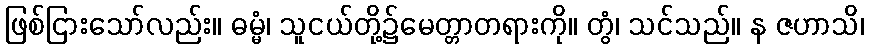
ဖြစ်ငြားသော်လည်း။ ဓမ္မံ၊ သူငယ်တို့၌မေတ္တာတရားကို။ တွံ၊ သင်သည်။ န ဇဟာသိ၊